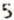
5